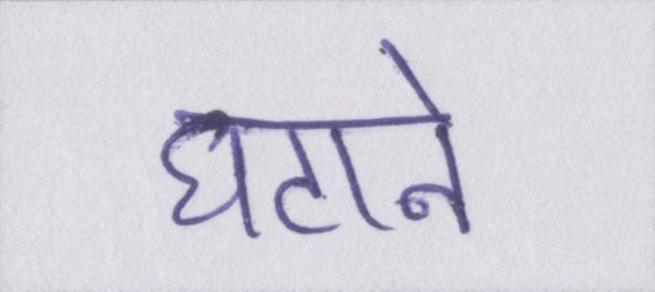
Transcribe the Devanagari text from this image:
घटाने